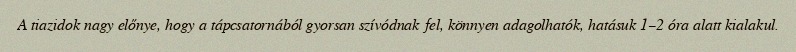
A tiazidok nagy előnye, hogy a tápcsatornából gyorsan szívódnak fel, könnyen adagolhatók, hatásuk 1–2 óra alatt kialakul.